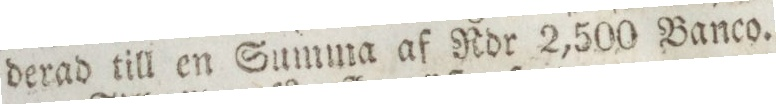
derad till en Summa af Rdr 2,500 Banco.